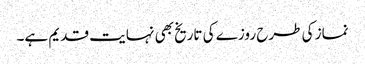
نماز کی طرح روزے کی تاریخ بھی نہایت قدیم ہے۔